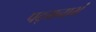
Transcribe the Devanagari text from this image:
पद्‌मनाभं